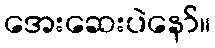
အေးဆေးပဲနော်။